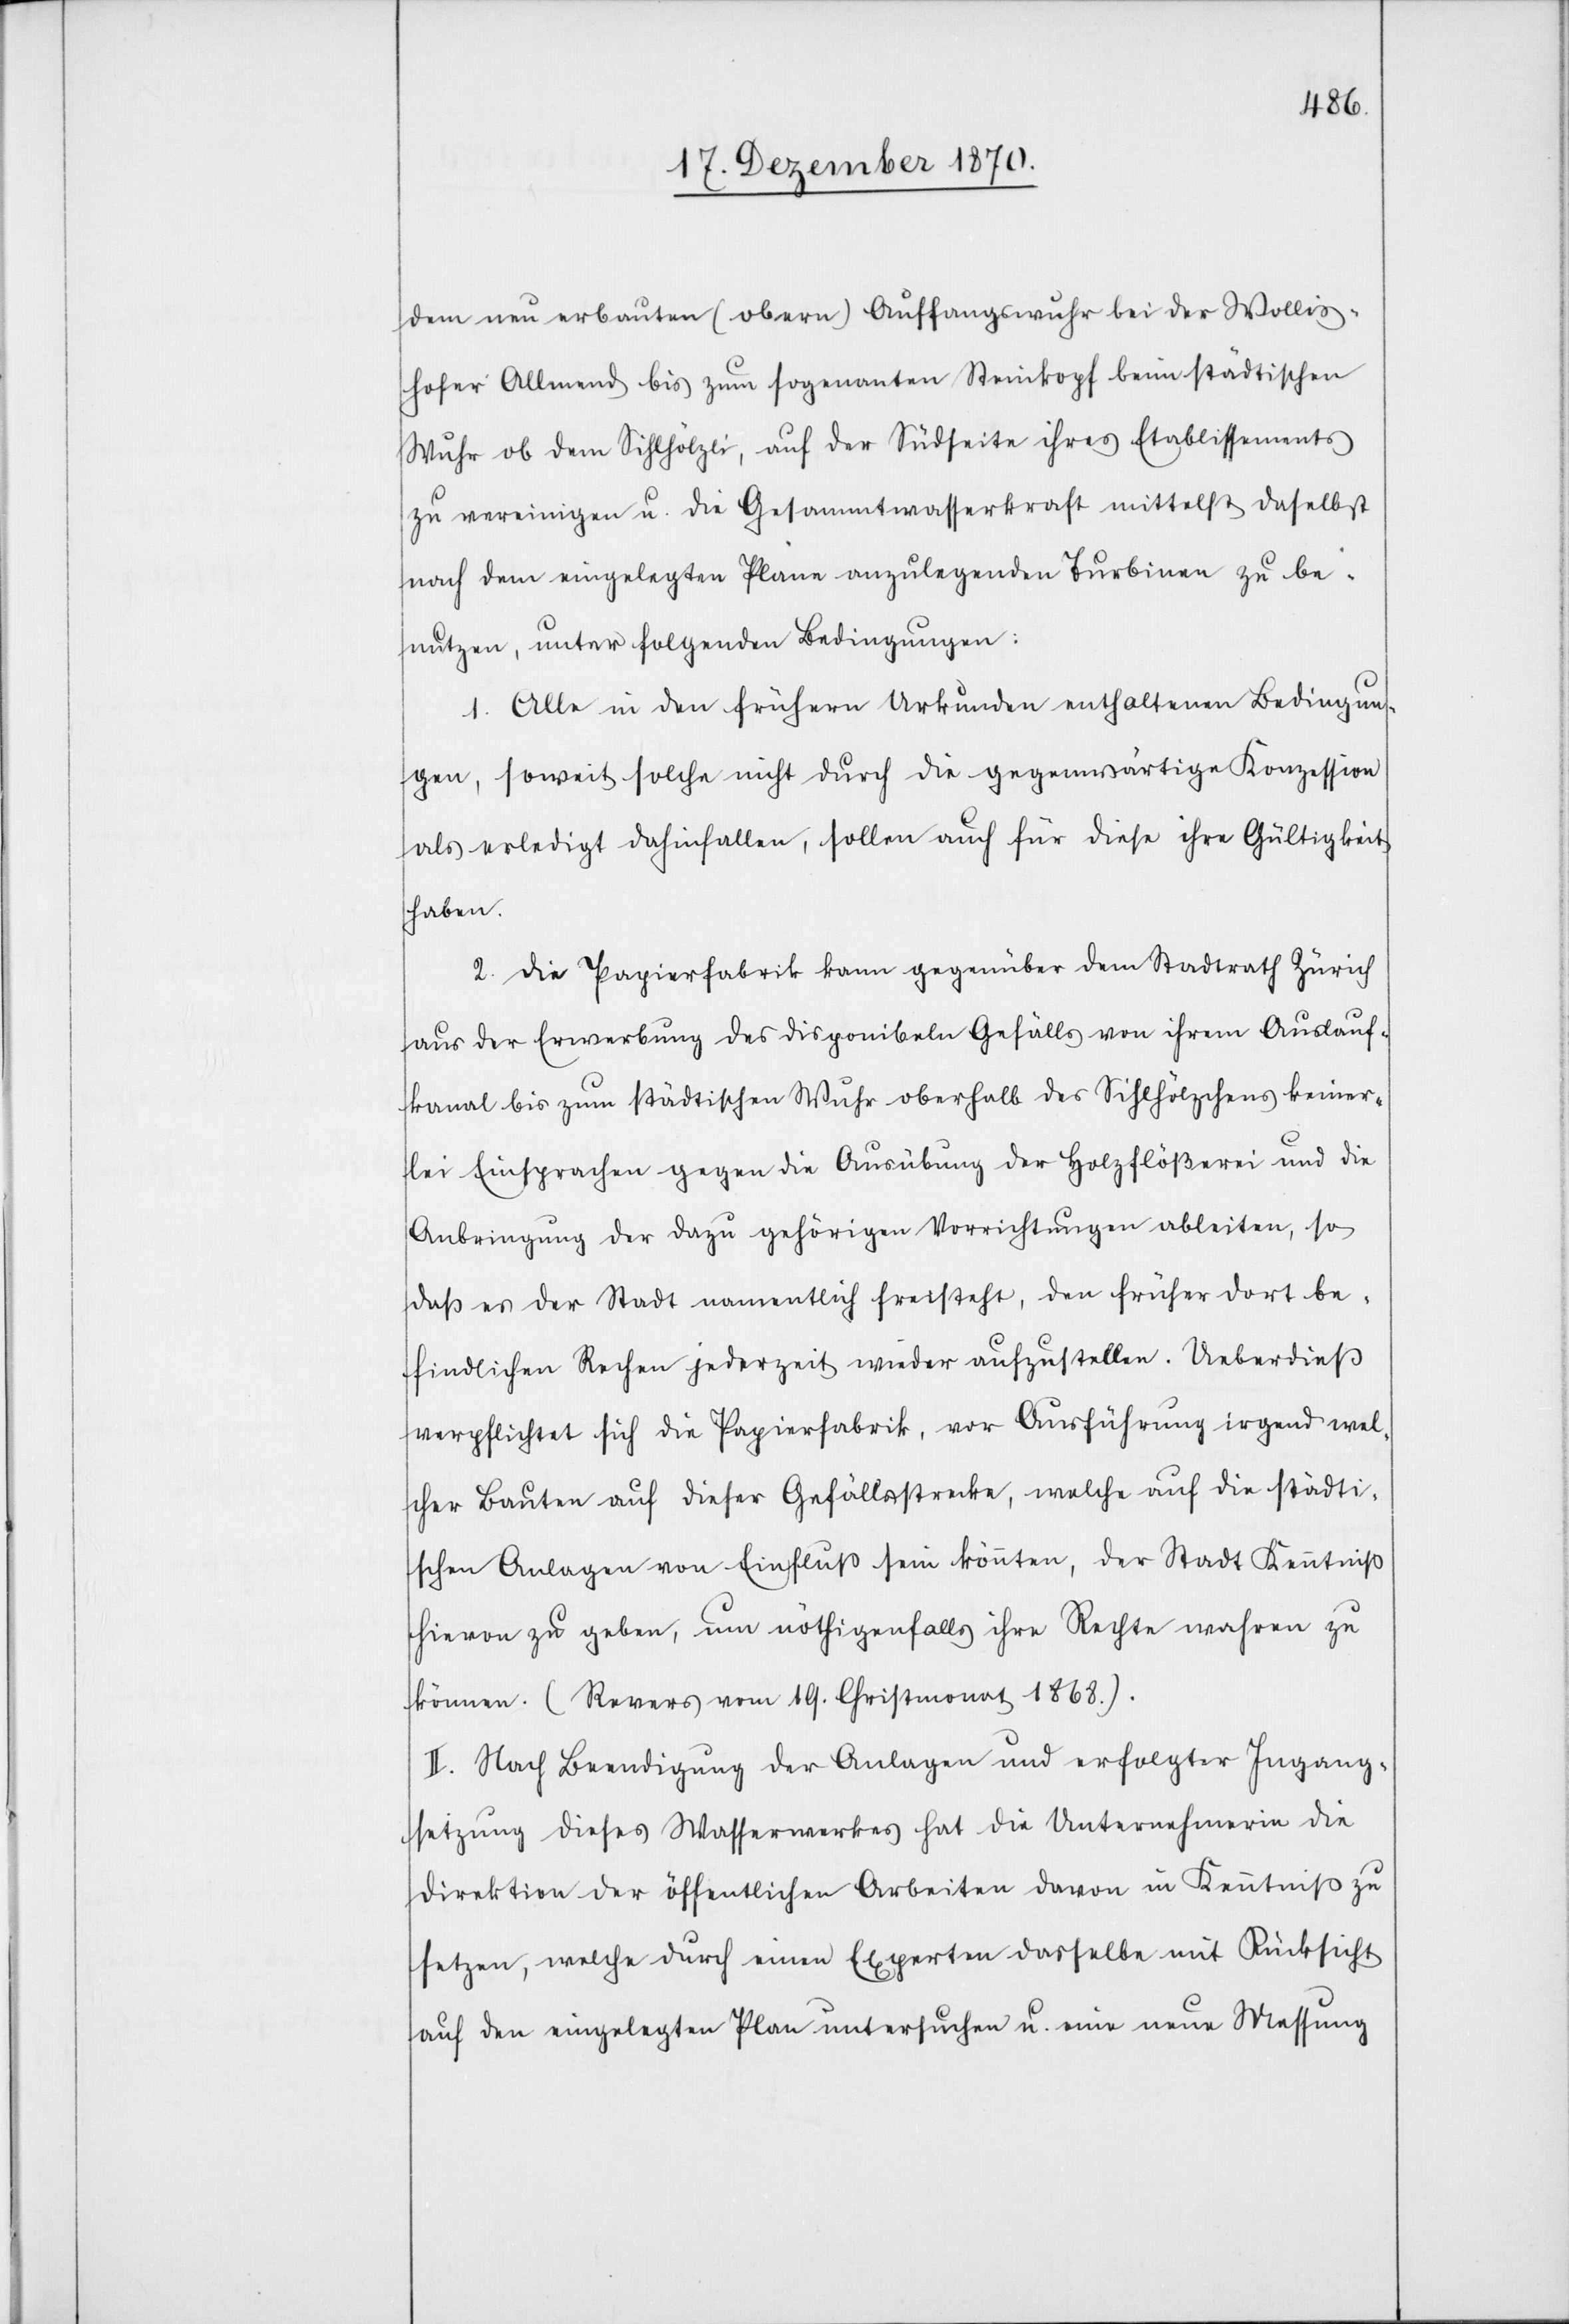
dem neu erbauten (obern) Auffangswuhr bei der Wollis¬
hofer Allmend bis zum sogenannten Steinkopf beim städtischen
Wuhr ob dem Sihlhölzli, auf der Südseite ihres Etablissements
zu vereinigen u. die Gesammtwasserkraft mittelst daselbst
nach dem eingelegten Plane anzulegenden Turbinen zu be¬
nutzen, unter folgenden Bedingungen:
1. Alle in den frühern Urkunden enthaltenen Bedingun¬
gen, soweit solche nicht durch die gegenwärtige Konzession
als erledigt dahinfallen, sollen auch für diese ihre Gültigkeit
haben.
2. Die Papierfabrik kann gegenüber dem Stadtrath Zürich
aus der Erwerbung des disponibeln Gefälls von ihrem Auslauf¬
kanal bis zum städtischen Wuhr oberhalb des Sihlhölzchens keiner¬
lei Einsprachen gegen die Ausübung der Holzflößerei und die
Anbringung der dazu gehörigen Vorrichtungen ableiten, so
daß es der Stadt namentlich freisteht, den früher dort be¬
findlichen Rechen jederzeit wieder aufzustellen. Ueberdieß
verpflichtet sich die Papierfabrik, vor Ausführung irgend wel¬
cher Bauten auf dieser Gefällsstrecke, welche auf die städti¬
schen Anlagen von Einfluß sein könnten, der Stadt Kenntniß
hievon zu geben, um nöthigenfalls ihre Rechte wahren zu
können. (Revers vom 19. Christmonat 1868).
II. Nach Beendigung der Anlagen und erfolgter Ingang¬
setzung dieses Wasserwerkes hat die Unternehmerin die
Direktion der öffentlichen Arbeiten davon in Kenntniß zu
setzen, welche durch einen Experten dasselbe mit Rücksicht
auf den eingelegten Plan untersuchen u. eine neue Messung